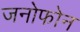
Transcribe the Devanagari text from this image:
जनोफोन